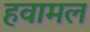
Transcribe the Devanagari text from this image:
हवामल